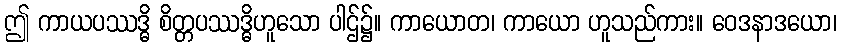
ဤ ကာယပဿဒ္ဓိ စိတ္တပဿဒ္ဓိဟူသော ပါဌ်၌။ ကာယောတ၊ ကာယော ဟူသည်ကား။ ဝေဒနာဒယော၊